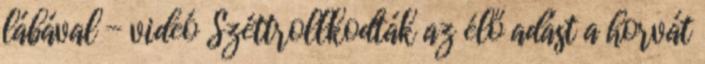
lábával - videó Széttrollkodták az élő adást a horvát